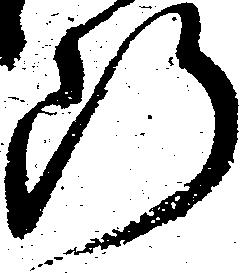
断